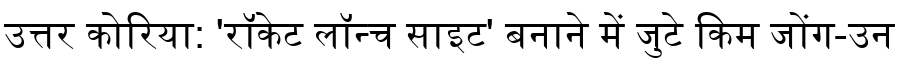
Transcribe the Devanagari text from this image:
उत्तर कोरिया: 'रॉकेट लॉन्च साइट' बनाने में जुटे किम जोंग-उन